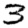
Digit: 3